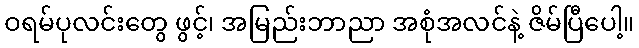
ဝရမ်ပုလင်းတွေ ဖွင့်၊ အမြည်းဘာညာ အစုံအလင်နဲ့ ဇိမ်ပြီပေါ့။